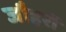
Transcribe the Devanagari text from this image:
जौहरों